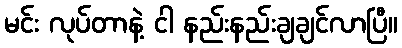
မင်း လုပ်တာနဲ့ ငါ နည်းနည်းချချင်လာပြီ။